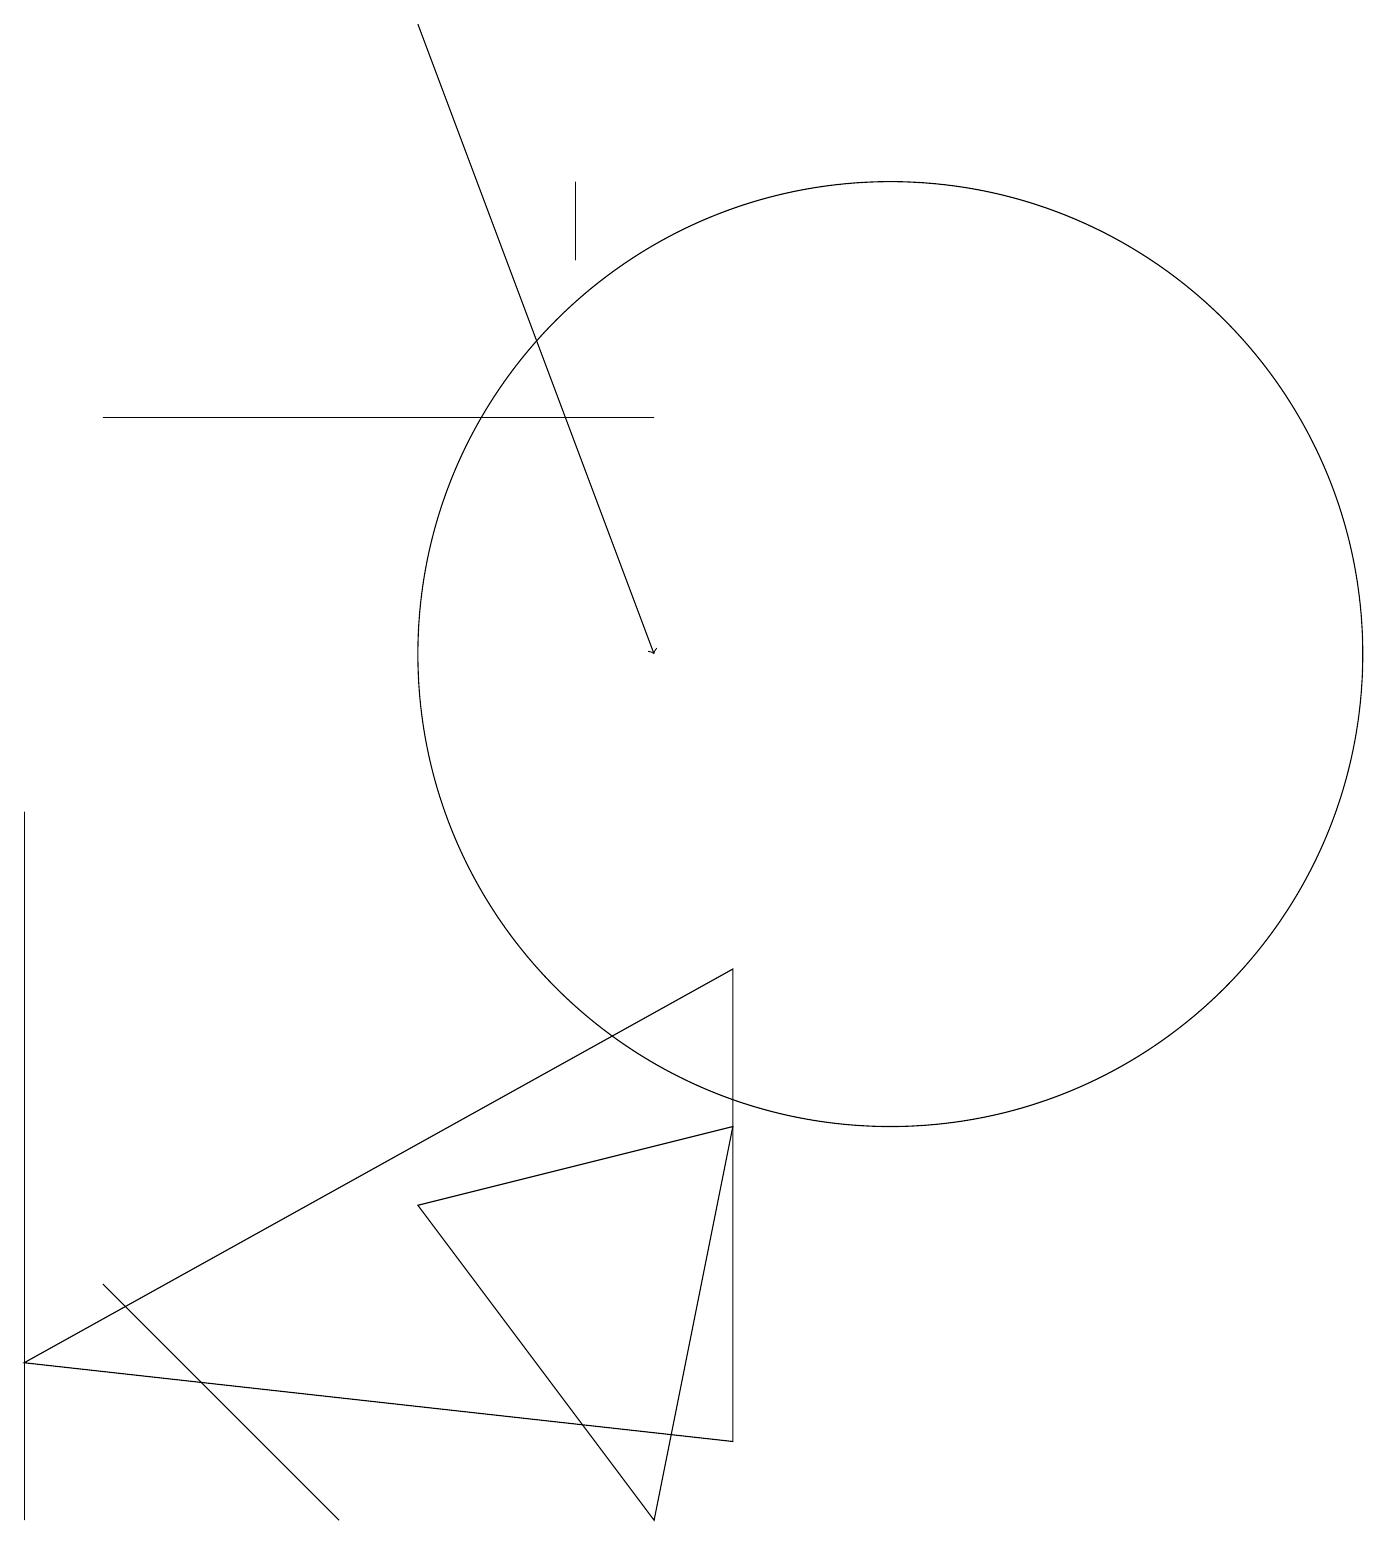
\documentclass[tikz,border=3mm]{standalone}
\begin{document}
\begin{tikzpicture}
\draw (5,4) -- (8,0) -- (9,5) -- cycle;
\draw[->] (5,19) -- (8,11);
\draw (1,14) rectangle (8,14);
\draw (0,9) -- (0,4) -- (0,0) -- cycle;
\draw (1,3) -- (4,0) -- (4,0) -- cycle;
\draw (9,1) -- (0,2) -- (9,7) -- cycle;
\draw (11,11) circle (6);
\draw (7,16) rectangle (7,17);
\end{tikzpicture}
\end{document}